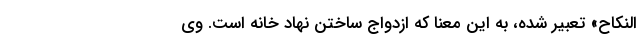
النّکاح» تعبیر شده، به این معنا که ازدواج ساختن نهاد خانه است. وی